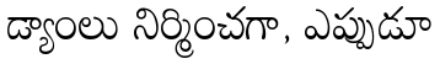
డ్యాంలు నిర్మించగా, ఎప్పుడూ